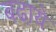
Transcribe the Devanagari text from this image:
बढा़ये